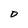
Character: D